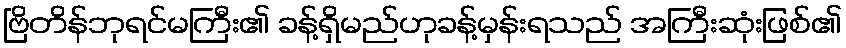
ဗြိတိန်ဘုရင်မကြီး၏ ခန့်ရှိမည်ဟုခန့်မှန်းရသည် အကြီးဆုံးဖြစ်၏